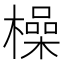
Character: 橾